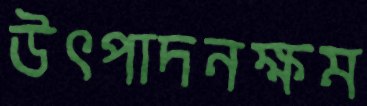
উৎপাদনক্ষম